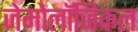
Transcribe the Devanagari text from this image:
जेमोलॉजिकल